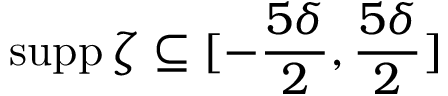
\operatorname { s u p p } \zeta \subseteq [ - \frac { 5 \delta } 2 , \frac { 5 \delta } 2 ]